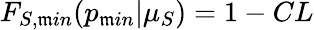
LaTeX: F_{S,\mathfrak{m}in}(p_{\mathfrak{m}in}|\mu_{S})=1-CL